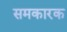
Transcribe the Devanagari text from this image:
समकारक